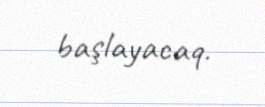
başlayacaq.